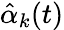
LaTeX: {\hat{\alpha}}_{k}(t)